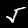
Label: 5